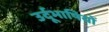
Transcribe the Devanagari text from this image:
उर्दूभाषियों